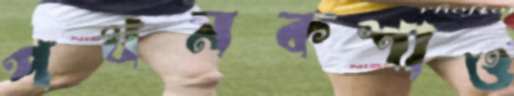
পথনকশাও